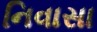
નિવાસા